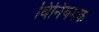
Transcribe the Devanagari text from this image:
विनियमक